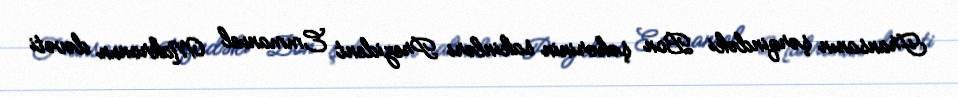
Fransanın şərqindəki Bon şəhərinin sakinləri Prezident Emmanuel Makronun dəvəti